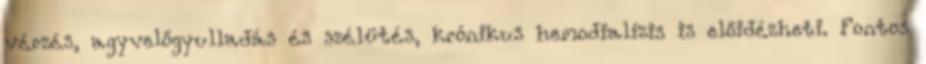
vérzés, agyvelőgyulladás és szélütés, krónikus hemodialízis is előidézheti. Fontos